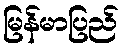
မြန်မာပြည်